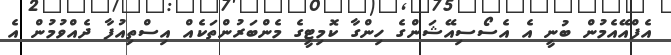
އެފްއޭއެމުން ބުނީ އެ އެސޯސިއޭޝަންގެ ހިންގާ ކޮމިޓީގެ މެންބަރުންތަކެއް އިސްތިއުފާ ދެއްވުމުން އެ